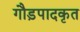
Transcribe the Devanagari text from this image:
गौड़पादकृत